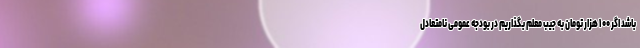
باشد اگر ۱۰۰ هزار تومان به جیب معلم بگذاریم در بودجه عمومی نامتعادل